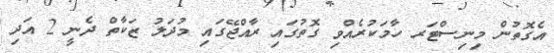
އެގޮތުން މިނިސްޓަރ ހާމަކުރެއްވި ގޮތުގައި ރާއްޖޭގައި މުދަލު ޒަކާތް ދެނީ 2 އަދި